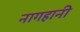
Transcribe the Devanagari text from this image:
नागहानी